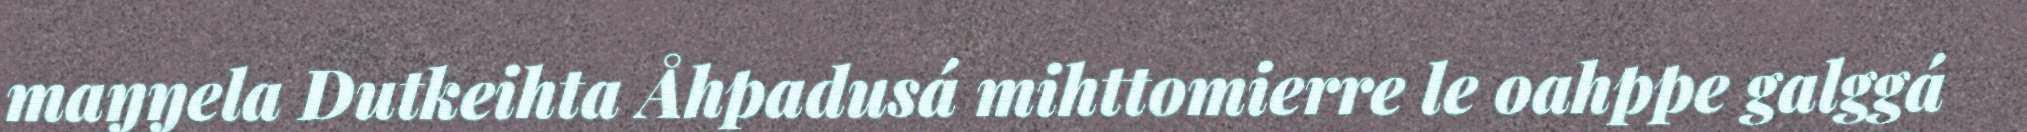
maŋŋela Dutkeihta Åhpadusá mihttomierre le oahppe galggá